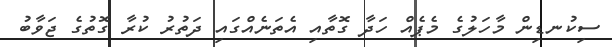
ސިކުނޑިން މާހަލުގެ މެޕެއް ހަދާ ގޮތާއި އެތަނެއްގައި ދަތުރު ކުރާ ގޮތުގެ ޖަވާބު